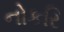
નોકરિ